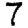
Digit: 7